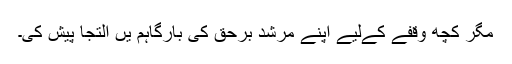
مگر کچھ وقفے کےلیے اپنے مرشد برحق کی بارگاہم یں التجا پیش کی۔